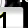
Digit: 1